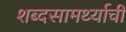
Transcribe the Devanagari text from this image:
शब्दसामर्थ्याची